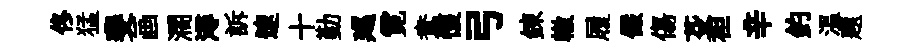
佟猛斐画濶潯訴速十勤廵霓鴦懷弓錬轍履儼傷芟袒辛釣溫題